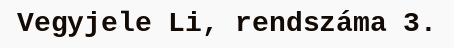
Vegyjele Li, rendszáma 3.